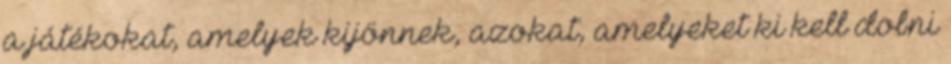
a játékokat, amelyek kijönnek, azokat, amelyeket ki kell dobni